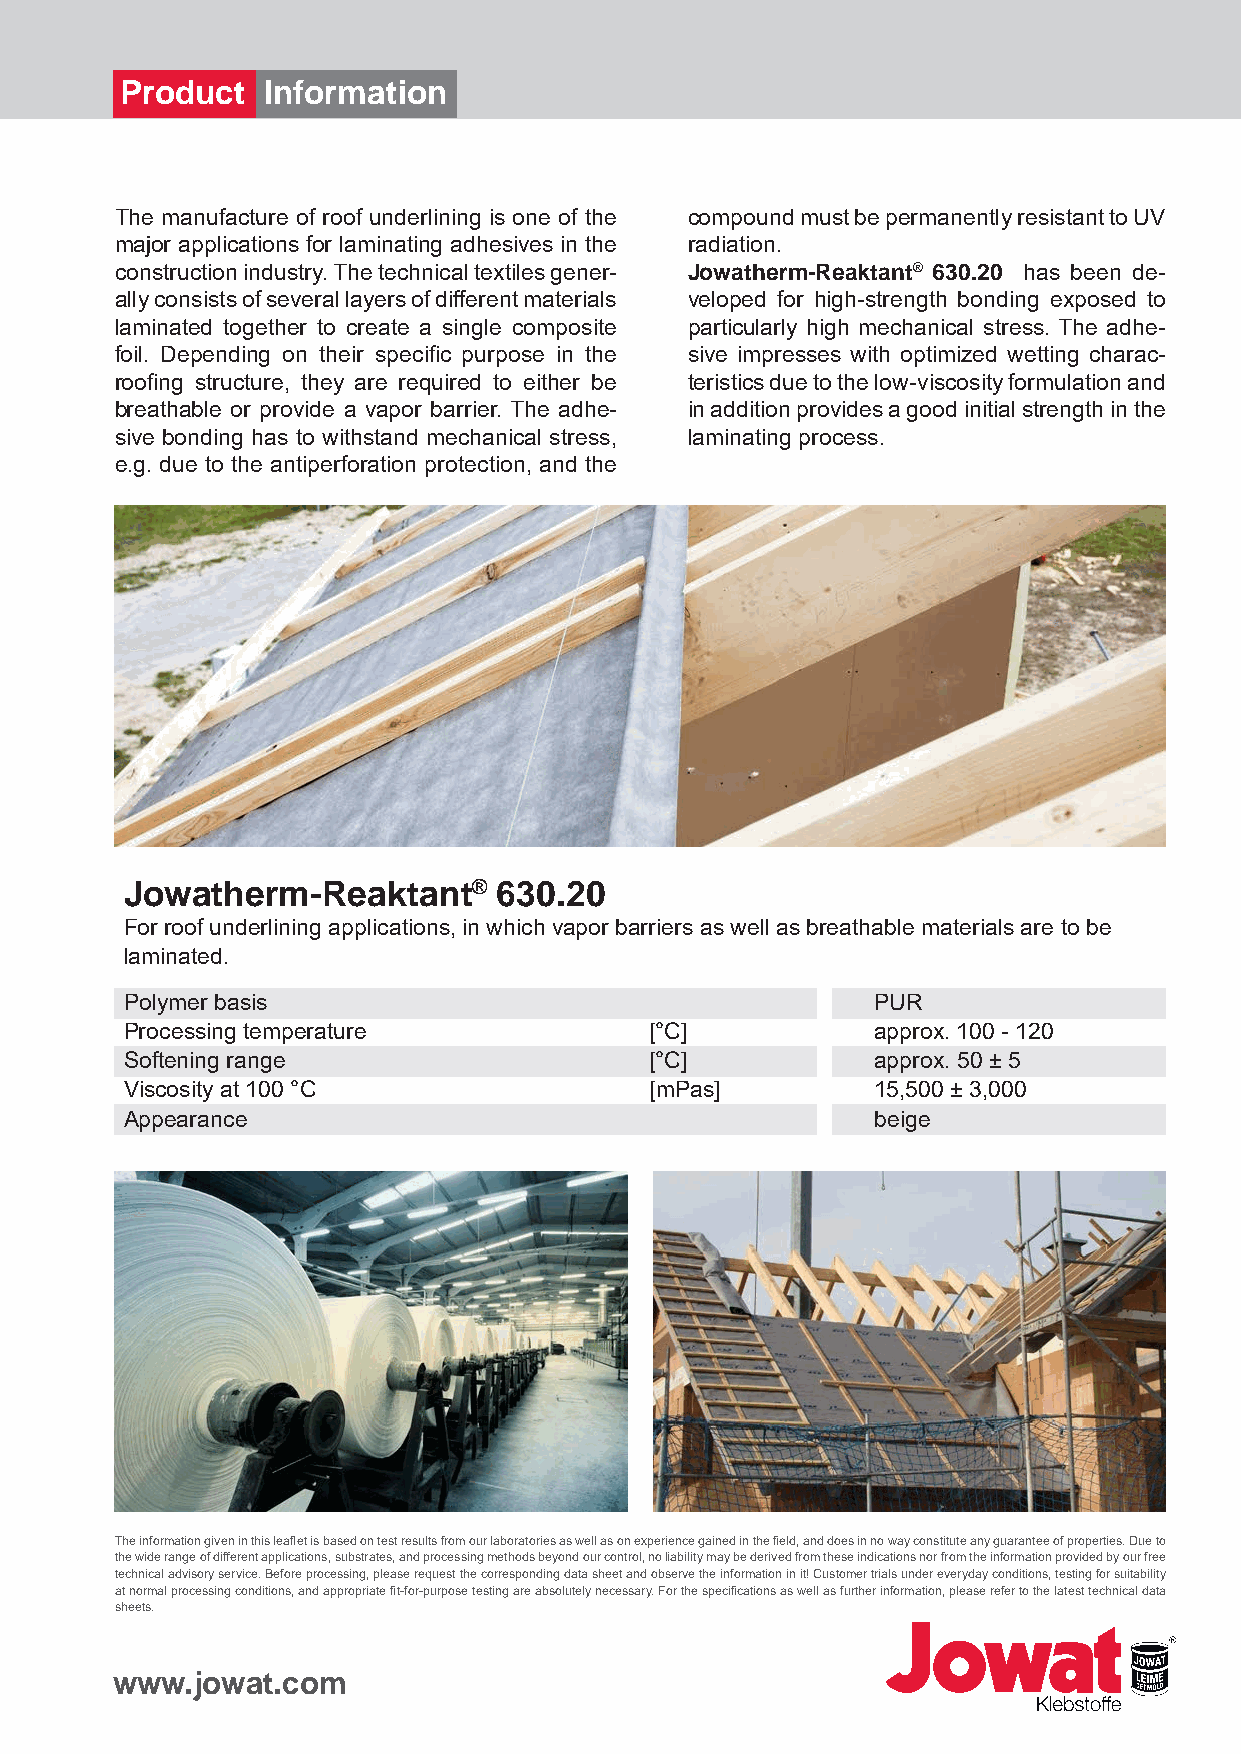
Product  Information
 The manufacture of roof underlining is one of the compound must be permanently resistant to UV
 major applications for laminating adhesives in the radiation.
 construction industry. The technical textiles gener- Jowatherm-Reaktant® 630.20 has been de-
 ally consists of several layers of different materials veloped for high-strength bonding exposed to
 laminated together to create a single composite particularly high mechanical stress. The adhe-
 foil. Depending on their specific purpose in the sive impresses with optimized wetting charac-
 roofing structure, they are required to either be teristics due to the low-viscosity formulation and
 breathable or provide a vapor barrier. The adhe- in addition provides a good initial strength in the
 sive bonding has to withstand mechanical stress, laminating process.
 e.g. due to the antiperforation protection, and the
 Jowatherm-Reaktant®      630.20
 For roof underlining applications, in which vapor barriers as well as breathable materials are to be
 laminated.
 Polymer basis                                     PUR
 Processing temperature             [°C]           approx. 100 - 120
 Softening range                    [°C]           approx. 50 ± 5
 Viscosity at 100 °C                [mPas]         15,500 ± 3,000
 Appearance                                        beige
 The information given in this leaflet is based on test results from our laboratories as well as on experience gained in the field, and does in no way constitute any guarantee of properties. Due to
 the wide range of different applications, substrates, and processing methods beyond our control, no liability may be derived from these indications nor from the information provided by our free
 technical advisory service. Before processing, please request the corresponding data sheet and observe the information in it! Customer trials under everyday conditions, testing for suitability
 at normal processing conditions, and appropriate fit-for-purpose testing are absolutely necessary. For the specifications as well as further information, please refer to the latest technical data
 sheets.
 www.jowat.com